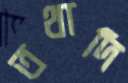
তথাদি